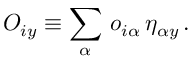
O _ { i y } \equiv \sum _ { \alpha } \, o _ { i \alpha } \, \eta _ { \alpha y } \, .